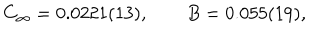
LaTeX: C _ { \infty } = 0 . 0 2 2 1 ( 1 3 ) , \qquad B = 0 . 0 5 5 ( 1 9 ) ,